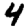
Digit: 4